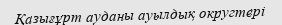
Қазығұрт ауданы ауылдық округтері